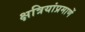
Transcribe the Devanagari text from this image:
क्षत्रियांप्रमाणें